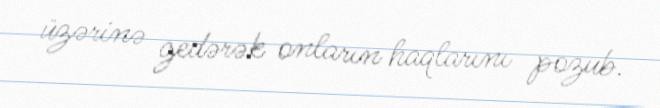
üzərinə gedərək onların haqlarını pozub.